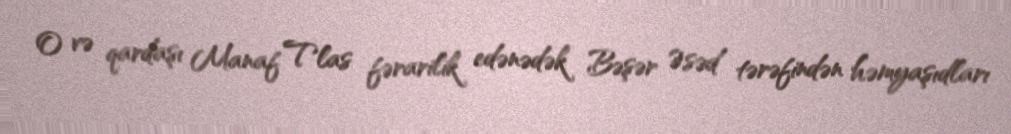
O və qardaşı Manaf Tlas fərarilik edənədək Bəşər Əsəd tərəfindən həmyaşıdları